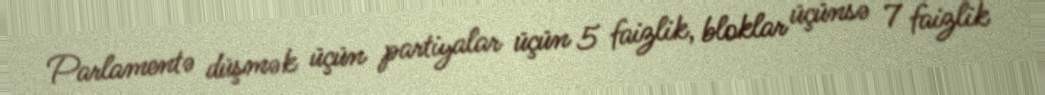
Parlamentə düşmək üçün partiyalar üçün 5 faizlik, bloklar üçünsə 7 faizlik